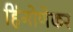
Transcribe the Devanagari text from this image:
हिंगोणेकर